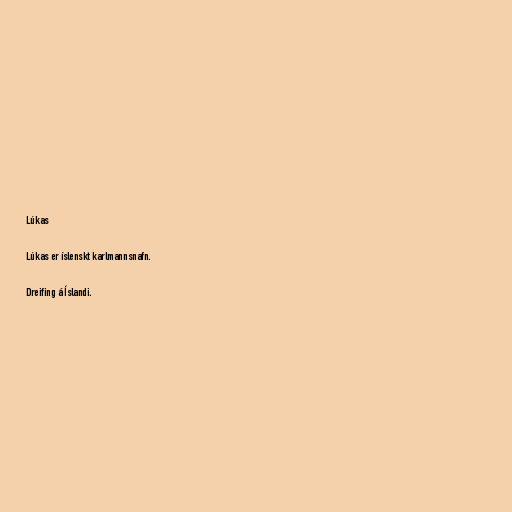
Lúkas

Lúkas er íslenskt karlmannsnafn.

Dreifing á Íslandi.